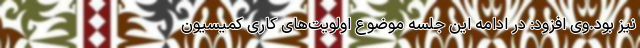
نیز بود.وی افزود: در ادامه این جلسه موضوع اولویت‌های کاری کمیسیون